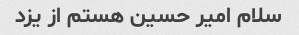
سلام امیر حسین هستم از یزد